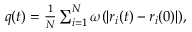
\begin{array} { r } { q ( t ) = \frac { 1 } { N } \sum _ { i = 1 } ^ { N } \omega ( | r _ { i } ( t ) - r _ { i } ( 0 ) | ) , } \end{array}